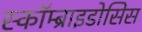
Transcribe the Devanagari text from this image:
स्कॉम्ब्राइडोसिस